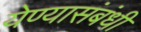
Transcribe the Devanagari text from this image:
येण्यासंबंधी